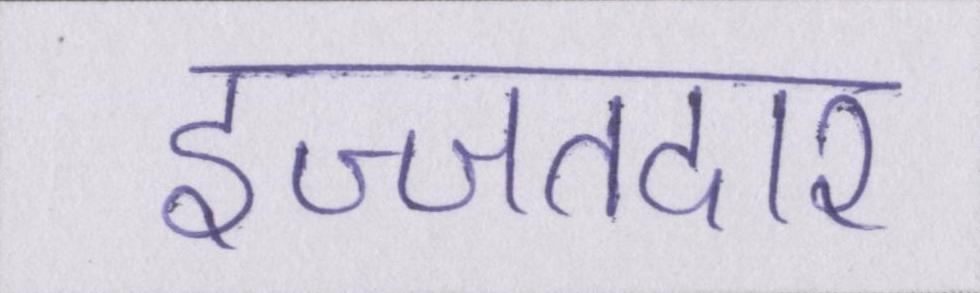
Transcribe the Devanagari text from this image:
इज्जतदार